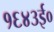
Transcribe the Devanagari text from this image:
१६४३ई०